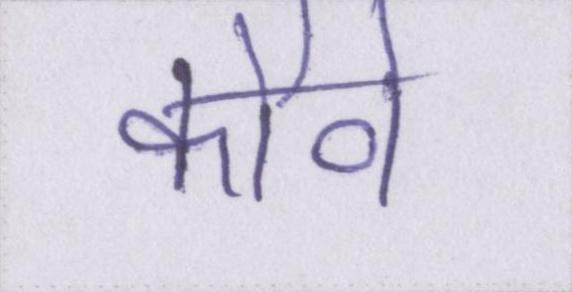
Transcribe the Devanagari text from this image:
कौवे